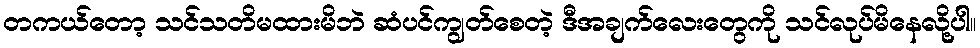
တကယ်တော့ သင်သတိမထားမိဘဲ ဆံပင်ကျွတ်စေတဲ့ ဒီအချက်လေးတွေကို သင်လုပ်မိနေလို့ပါ။